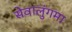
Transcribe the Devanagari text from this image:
सेवालुंगमा